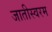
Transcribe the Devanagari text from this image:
जातीस्वरम